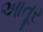
આતૂર